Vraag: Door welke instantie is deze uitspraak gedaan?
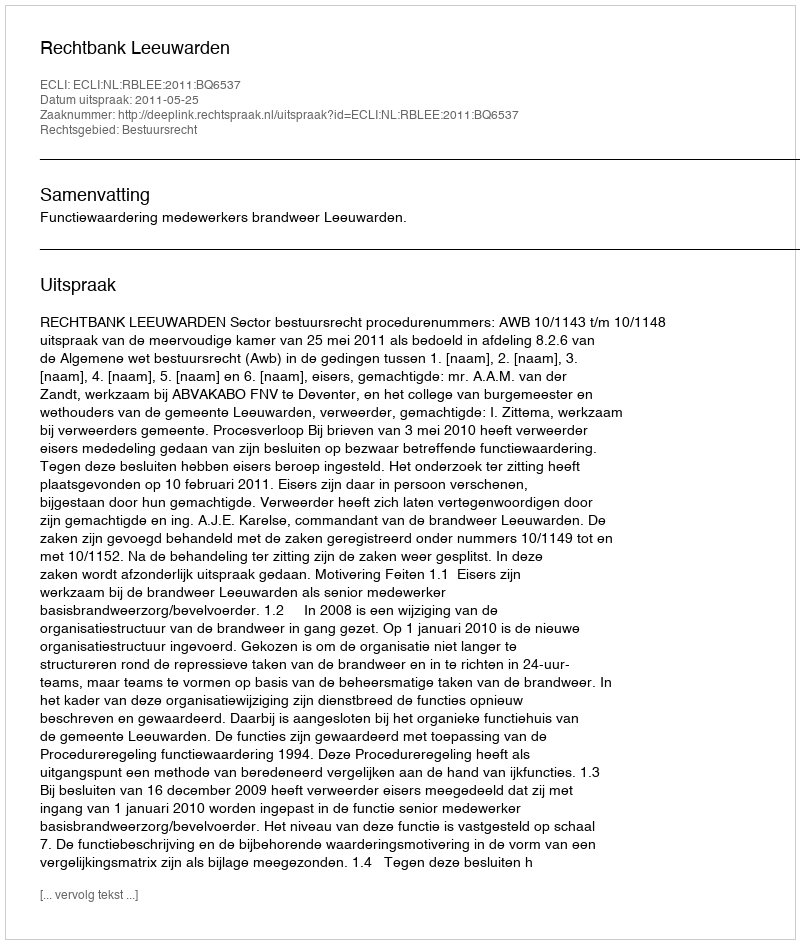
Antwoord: Rechtbank Leeuwarden